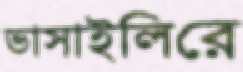
ভাসাইলিরে